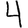
Digit: 4